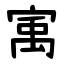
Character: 㝢